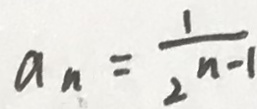
a _ { n } = \frac { 1 } { 2 ^ { n - 1 } }